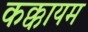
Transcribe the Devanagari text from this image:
कक्कायम